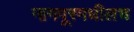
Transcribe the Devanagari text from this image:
नागपूरमधीलच